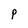
Character: P